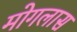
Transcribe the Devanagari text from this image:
मोगलास